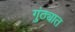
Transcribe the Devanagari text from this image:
गुंठ्यात